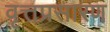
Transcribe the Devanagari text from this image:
वृत्तप्रसारण